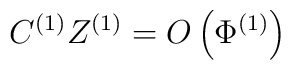
C^{(1)}Z^{(1)}=O\left(  \Phi^{(1)}\right)